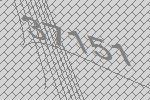
37151